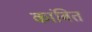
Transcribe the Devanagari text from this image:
कांबित